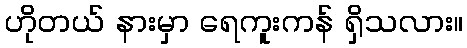
ဟိုတယ် နားမှာ ရေကူးကန် ရှိသလား။